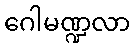
ဂေါမဏ္ဍလာ